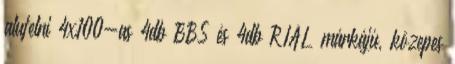
alufelni 4x100-as 4db BBS és 4db RIAL márkájú, közepes